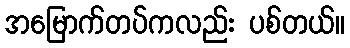
အမြောက်တပ်ကလည်း ပစ်တယ်။